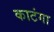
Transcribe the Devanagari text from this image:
काटंगा